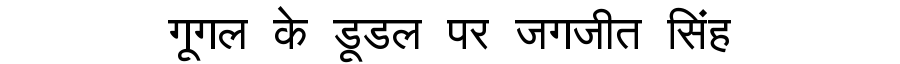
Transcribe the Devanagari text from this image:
गूगल के डूडल पर जगजीत सिंह